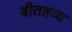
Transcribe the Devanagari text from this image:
बीतहव्य